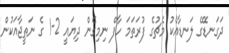
ދަގަނޑޭގެ ލަނޑާއެކު މެޗުގެ ފުރަތަމަ ހާފް ނިމިގެން ދިޔައީ 2-1 ގެ ނަތީޖާއަކުން